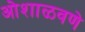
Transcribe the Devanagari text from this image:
ओशाळवणे